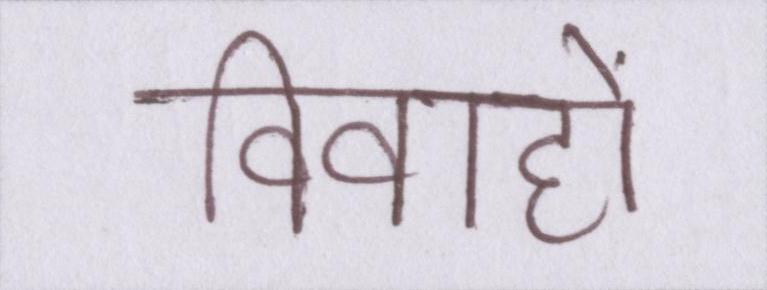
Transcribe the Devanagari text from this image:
विवाहों